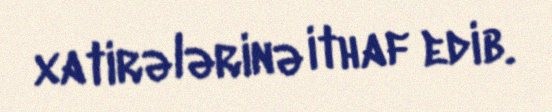
xatirələrinə ithaf edib.